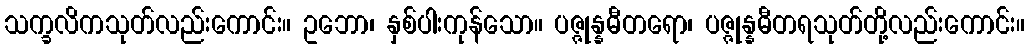
သက္ခလိကသုတ်လည်းကောင်း။ ဥဘော၊ နှစ်ပါးကုန်သော။ ပဇ္ဇုန္နဓီတရော၊ ပဇ္ဇုန္နဓီတရသုတ်တို့လည်းကောင်း။